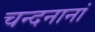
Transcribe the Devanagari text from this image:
चन्दनानां